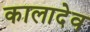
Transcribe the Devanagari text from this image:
कालादेव